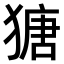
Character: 𤠯